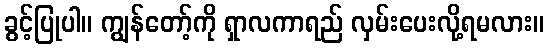
ခွင့်ပြုပါ။ ကျွန်တော့်ကို ရှာလကာရည် လှမ်းပေးလို့ရမလား။